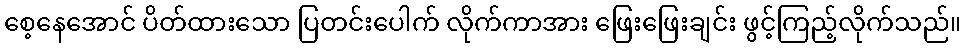
စေ့နေအောင် ပိတ်ထားသော ပြတင်းပေါက် လိုက်ကာအား ဖြေးဖြေးချင်း ဖွင့်ကြည့်လိုက်သည်။